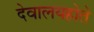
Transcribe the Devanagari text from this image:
देवालयहोते